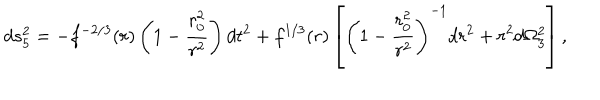
LaTeX: d s _ { 5 } ^ { 2 } = - f ^ { - 2 / 3 } ( r ) \left( 1 - { \frac { r _ { 0 } ^ { 2 } } { r ^ { 2 } } } \right) d t ^ { 2 } + f ^ { 1 / 3 } ( r ) \left[ \left( 1 - { \frac { r _ { 0 } ^ { 2 } } { r ^ { 2 } } } \right) ^ { - 1 } d r ^ { 2 } + r ^ { 2 } d \Omega _ { 3 } ^ { 2 } \right] ,